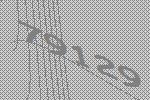
79129